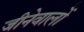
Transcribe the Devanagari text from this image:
जीनेवालों